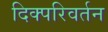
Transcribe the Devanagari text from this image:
दिक्परिवर्तन